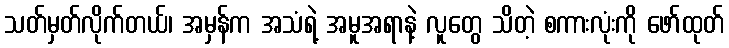
သတ်မှတ်လိုက်တယ်၊ အမှန်က အသံရဲ့ အမူအရာနဲ့ လူတွေ သိတဲ့ စကားလုံးကို ဖော်ထုတ်